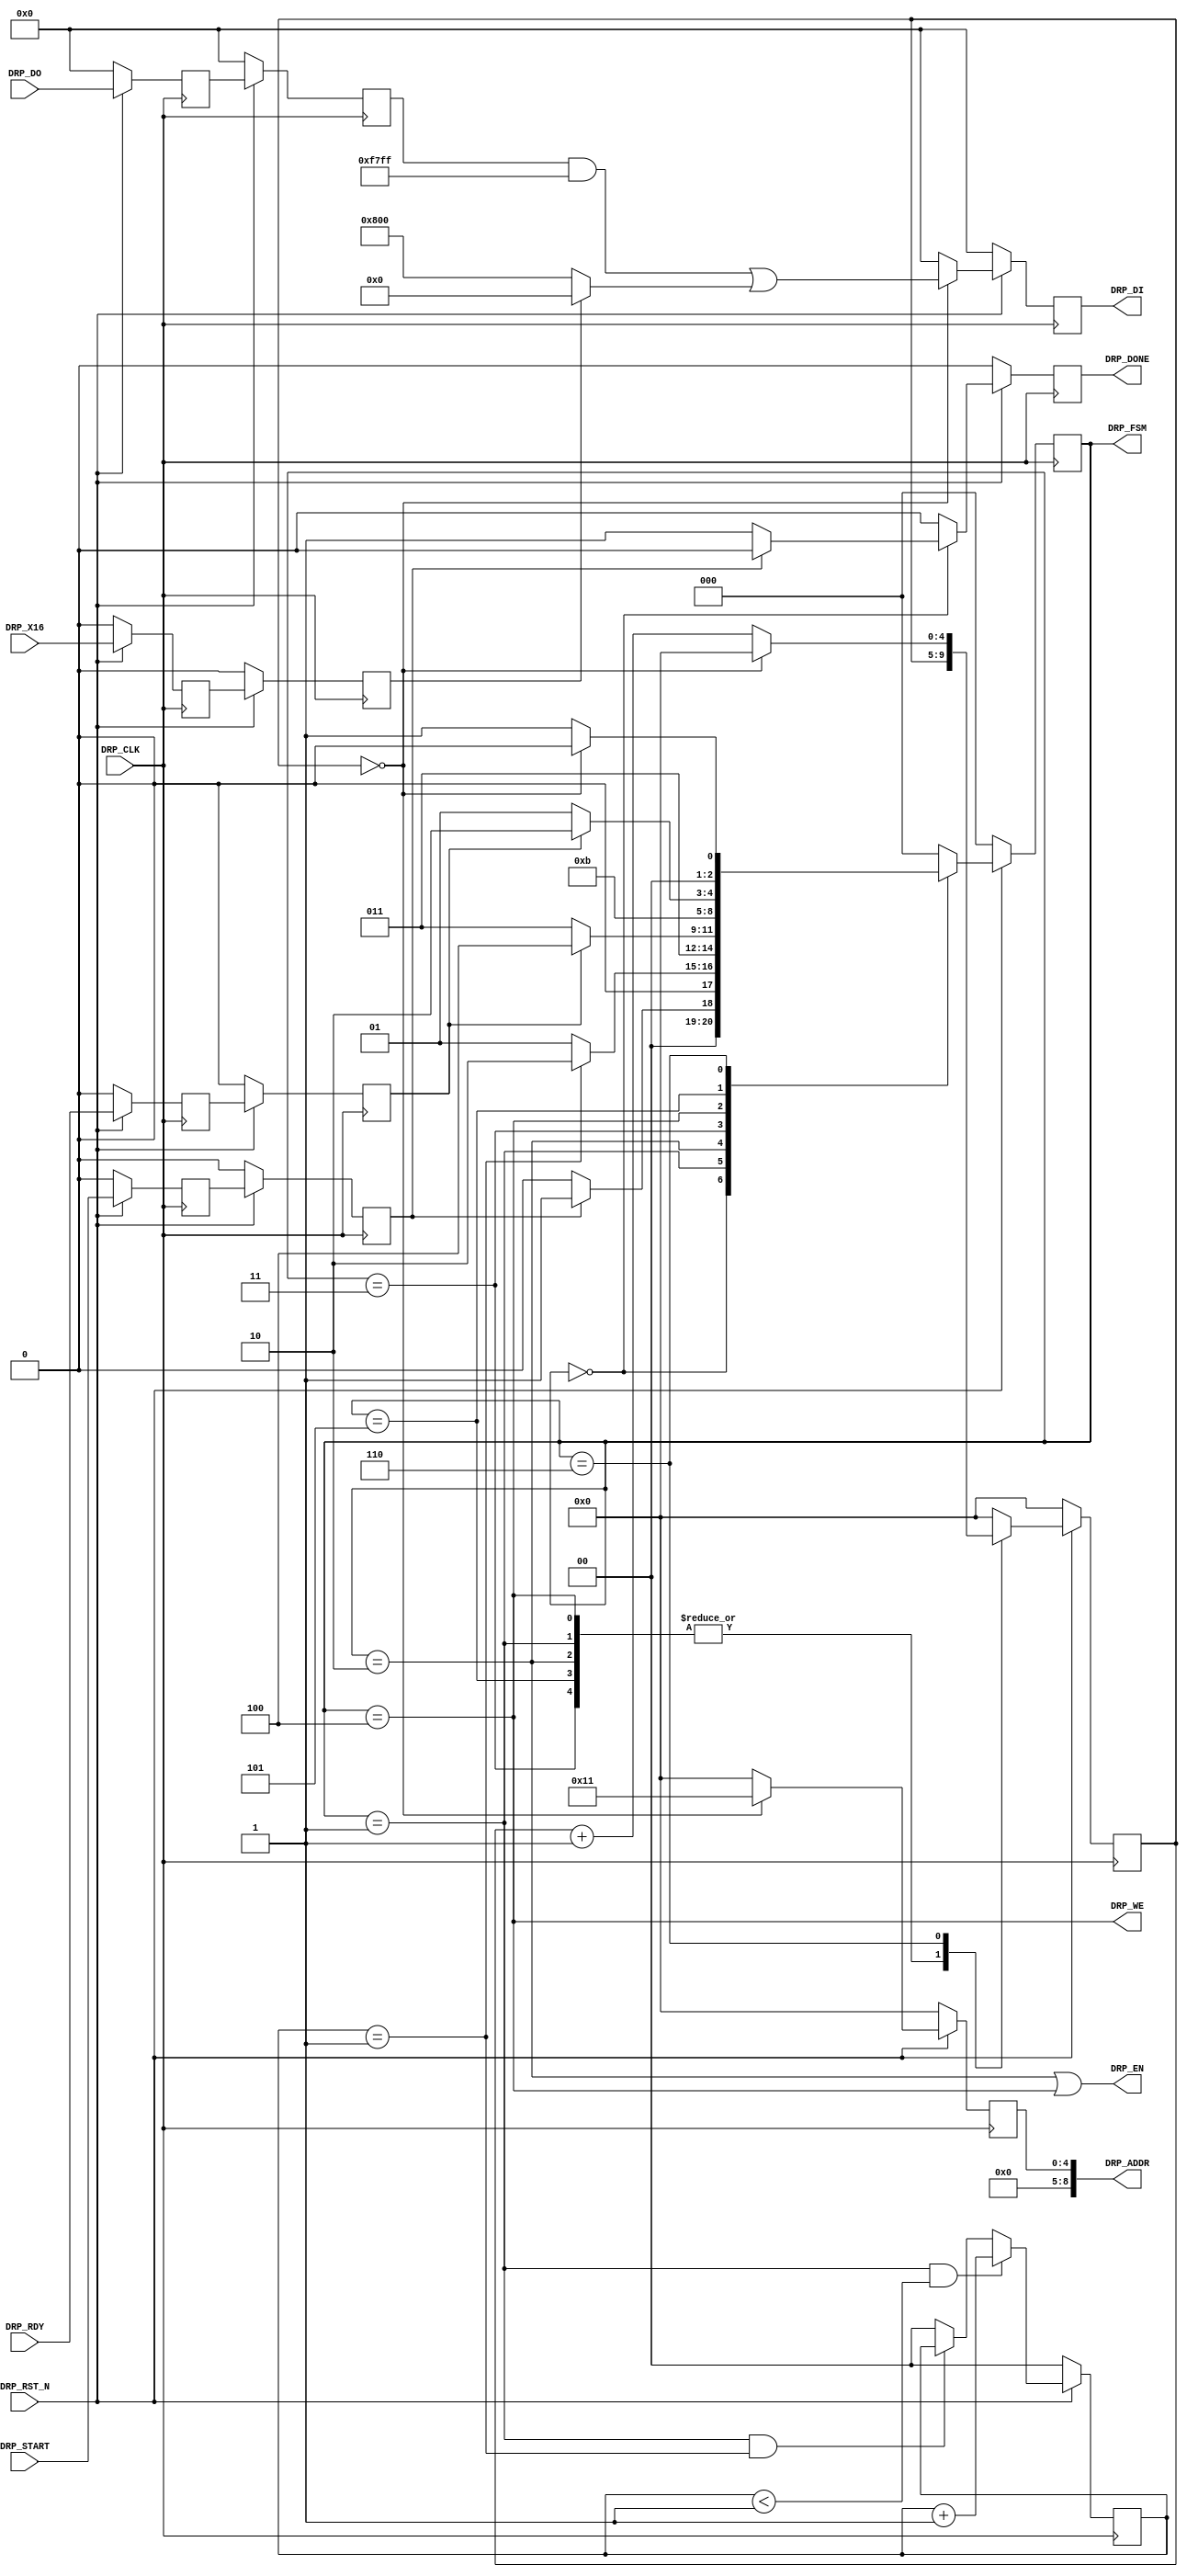
module PCIEBus_gtp_pipe_drp #
(
    parameter LOAD_CNT_MAX     = 2'd1,                      // Load max count
    parameter INDEX_MAX        = 1'd0                       // Index max count
)
(
    input               DRP_CLK,
    input               DRP_RST_N,
    input               DRP_X16,
    input               DRP_START,
    input       [15:0]  DRP_DO,
    input               DRP_RDY,
    output      [ 8:0]  DRP_ADDR,
    output              DRP_EN,
    output      [15:0]  DRP_DI,
    output              DRP_WE,
    output              DRP_DONE,
    output      [ 2:0]  DRP_FSM
);
(* ASYNC_REG = "TRUE", SHIFT_EXTRACT = "NO" *)    reg                 x16_reg1;
(* ASYNC_REG = "TRUE", SHIFT_EXTRACT = "NO" *)    reg                 start_reg1;
(* ASYNC_REG = "TRUE", SHIFT_EXTRACT = "NO" *)    reg         [15:0]  do_reg1;
(* ASYNC_REG = "TRUE", SHIFT_EXTRACT = "NO" *)    reg                 rdy_reg1;
(* ASYNC_REG = "TRUE", SHIFT_EXTRACT = "NO" *)    reg                 x16_reg2;
(* ASYNC_REG = "TRUE", SHIFT_EXTRACT = "NO" *)    reg                 start_reg2;
(* ASYNC_REG = "TRUE", SHIFT_EXTRACT = "NO" *)    reg         [15:0]  do_reg2;
(* ASYNC_REG = "TRUE", SHIFT_EXTRACT = "NO" *)    reg                 rdy_reg2;
    reg         [ 1:0]  load_cnt =  2'd0;
    reg         [ 4:0]  index    =  5'd0;
    reg         [ 8:0]  addr_reg =  9'd0;
    reg         [15:0]  di_reg   = 16'd0;
    reg                 done     =  1'd0;
    reg         [ 2:0]  fsm      =  0;
    localparam          ADDR_RX_DATAWIDTH  = 9'h011;
    localparam          MASK_RX_DATAWIDTH  = 16'b1111011111111111;  // Unmask bit [   11]
    localparam          X16_RX_DATAWIDTH   = 16'b0000000000000000;  // 2-byte (16-bit) internal data width
    localparam          X20_RX_DATAWIDTH   = 16'b0000100000000000;  // 2-byte (20-bit) internal data width
    wire        [15:0]  data_rx_datawidth;
    localparam          FSM_IDLE  = 0;
    localparam          FSM_LOAD  = 1;
    localparam          FSM_READ  = 2;
    localparam          FSM_RRDY  = 3;
    localparam          FSM_WRITE = 4;
    localparam          FSM_WRDY  = 5;
    localparam          FSM_DONE  = 6;
always @ (posedge DRP_CLK)
begin
    if (!DRP_RST_N)
        begin
        x16_reg1   <=  1'd0;
        do_reg1    <= 16'd0;
        rdy_reg1   <=  1'd0;
        start_reg1 <=  1'd0;
        x16_reg2   <=  1'd0;
        do_reg2    <= 16'd0;
        rdy_reg2   <=  1'd0;
        start_reg2 <=  1'd0;
        end
    else
        begin
        x16_reg1   <= DRP_X16;
        do_reg1    <= DRP_DO;
        rdy_reg1   <= DRP_RDY;
        start_reg1 <= DRP_START;
        x16_reg2   <= x16_reg1;
        do_reg2    <= do_reg1;
        rdy_reg2   <= rdy_reg1;
        start_reg2 <= start_reg1;
        end
end
assign data_rx_datawidth = x16_reg2 ? X16_RX_DATAWIDTH : X20_RX_DATAWIDTH;
always @ (posedge DRP_CLK)
begin
    if (!DRP_RST_N)
        load_cnt <= 2'd0;
    else
        if ((fsm == FSM_LOAD) && (load_cnt < LOAD_CNT_MAX))
            load_cnt <= load_cnt + 2'd1;
        else if ((fsm == FSM_LOAD) && (load_cnt == LOAD_CNT_MAX))
            load_cnt <= load_cnt;
        else
            load_cnt <= 2'd0;
end
always @ (posedge DRP_CLK)
begin
    if (!DRP_RST_N)
        begin
        addr_reg <=  9'd0;
        di_reg   <= 16'd0;
        end
    else
        begin
        case (index)
        1'd0 :
            begin
            addr_reg <= ADDR_RX_DATAWIDTH;
            di_reg   <= (do_reg2 & MASK_RX_DATAWIDTH) | data_rx_datawidth;
            end
        default :
            begin
            addr_reg <=  9'd0;
            di_reg   <= 16'd0;
            end
        endcase
        end
end
always @ (posedge DRP_CLK)
begin
    if (!DRP_RST_N)
        begin
        fsm   <= FSM_IDLE;
        index <= 5'd0;
        done  <= 1'd0;
        end
    else
        begin
        case (fsm)
        FSM_IDLE :
            begin
            if (start_reg2)
                begin
                fsm   <= FSM_LOAD;
                index <= 5'd0;
                done  <= 1'd0;
                end
            else
                begin
                fsm   <= FSM_IDLE;
                index <= 5'd0;
                done  <= 1'd1;
                end
            end
        FSM_LOAD :
            begin
            fsm   <= (load_cnt == LOAD_CNT_MAX) ? FSM_READ : FSM_LOAD;
            index <= index;
            done  <= 1'd0;
            end
        FSM_READ :
            begin
            fsm   <= FSM_RRDY;
            index <= index;
            done  <= 1'd0;
            end
        FSM_RRDY :
            begin
            fsm   <= rdy_reg2 ? FSM_WRITE : FSM_RRDY;
            index <= index;
            done  <= 1'd0;
            end
        FSM_WRITE :
            begin
            fsm   <= FSM_WRDY;
            index <= index;
            done  <= 1'd0;
            end
        FSM_WRDY :
            begin
            fsm   <= rdy_reg2 ? FSM_DONE : FSM_WRDY;
            index <= index;
            done  <= 1'd0;
            end
        FSM_DONE :
            begin
            if (index == INDEX_MAX)
                begin
                fsm   <= FSM_IDLE;
                index <= 5'd0;
                done  <= 1'd0;
                end
            else
                begin
                fsm   <= FSM_LOAD;
                index <= index + 5'd1;
                done  <= 1'd0;
                end
            end
        default :
            begin
            fsm   <= FSM_IDLE;
            index <= 5'd0;
            done  <= 1'd0;
            end
        endcase
        end
end
assign DRP_ADDR = addr_reg;
assign DRP_EN   = (fsm == FSM_READ) || (fsm == FSM_WRITE);
assign DRP_DI   = di_reg;
assign DRP_WE   = (fsm == FSM_WRITE);
assign DRP_DONE = done;
assign DRP_FSM  = fsm;
endmodule